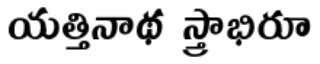
యత్తినాథ స్త్రాభిరూ